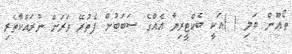
ތޯޢޫން ބަލި ( )އަކީ ބެކްޓީރިޔާ އެއްގެ ސަބަބުން ފެތުރޭ ވަރަށް ނުރައްކާތެރި